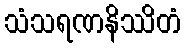
သံသရဏနိဿိတံ